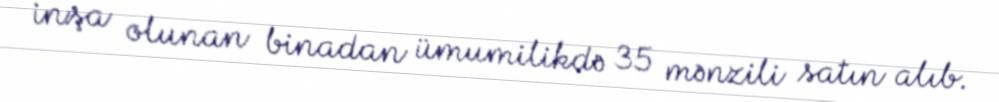
inşa olunan binadan ümumilikdə 35 mənzili satın alıb.